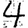
Digit: 4